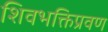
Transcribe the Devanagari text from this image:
शिवभक्तिप्रवण